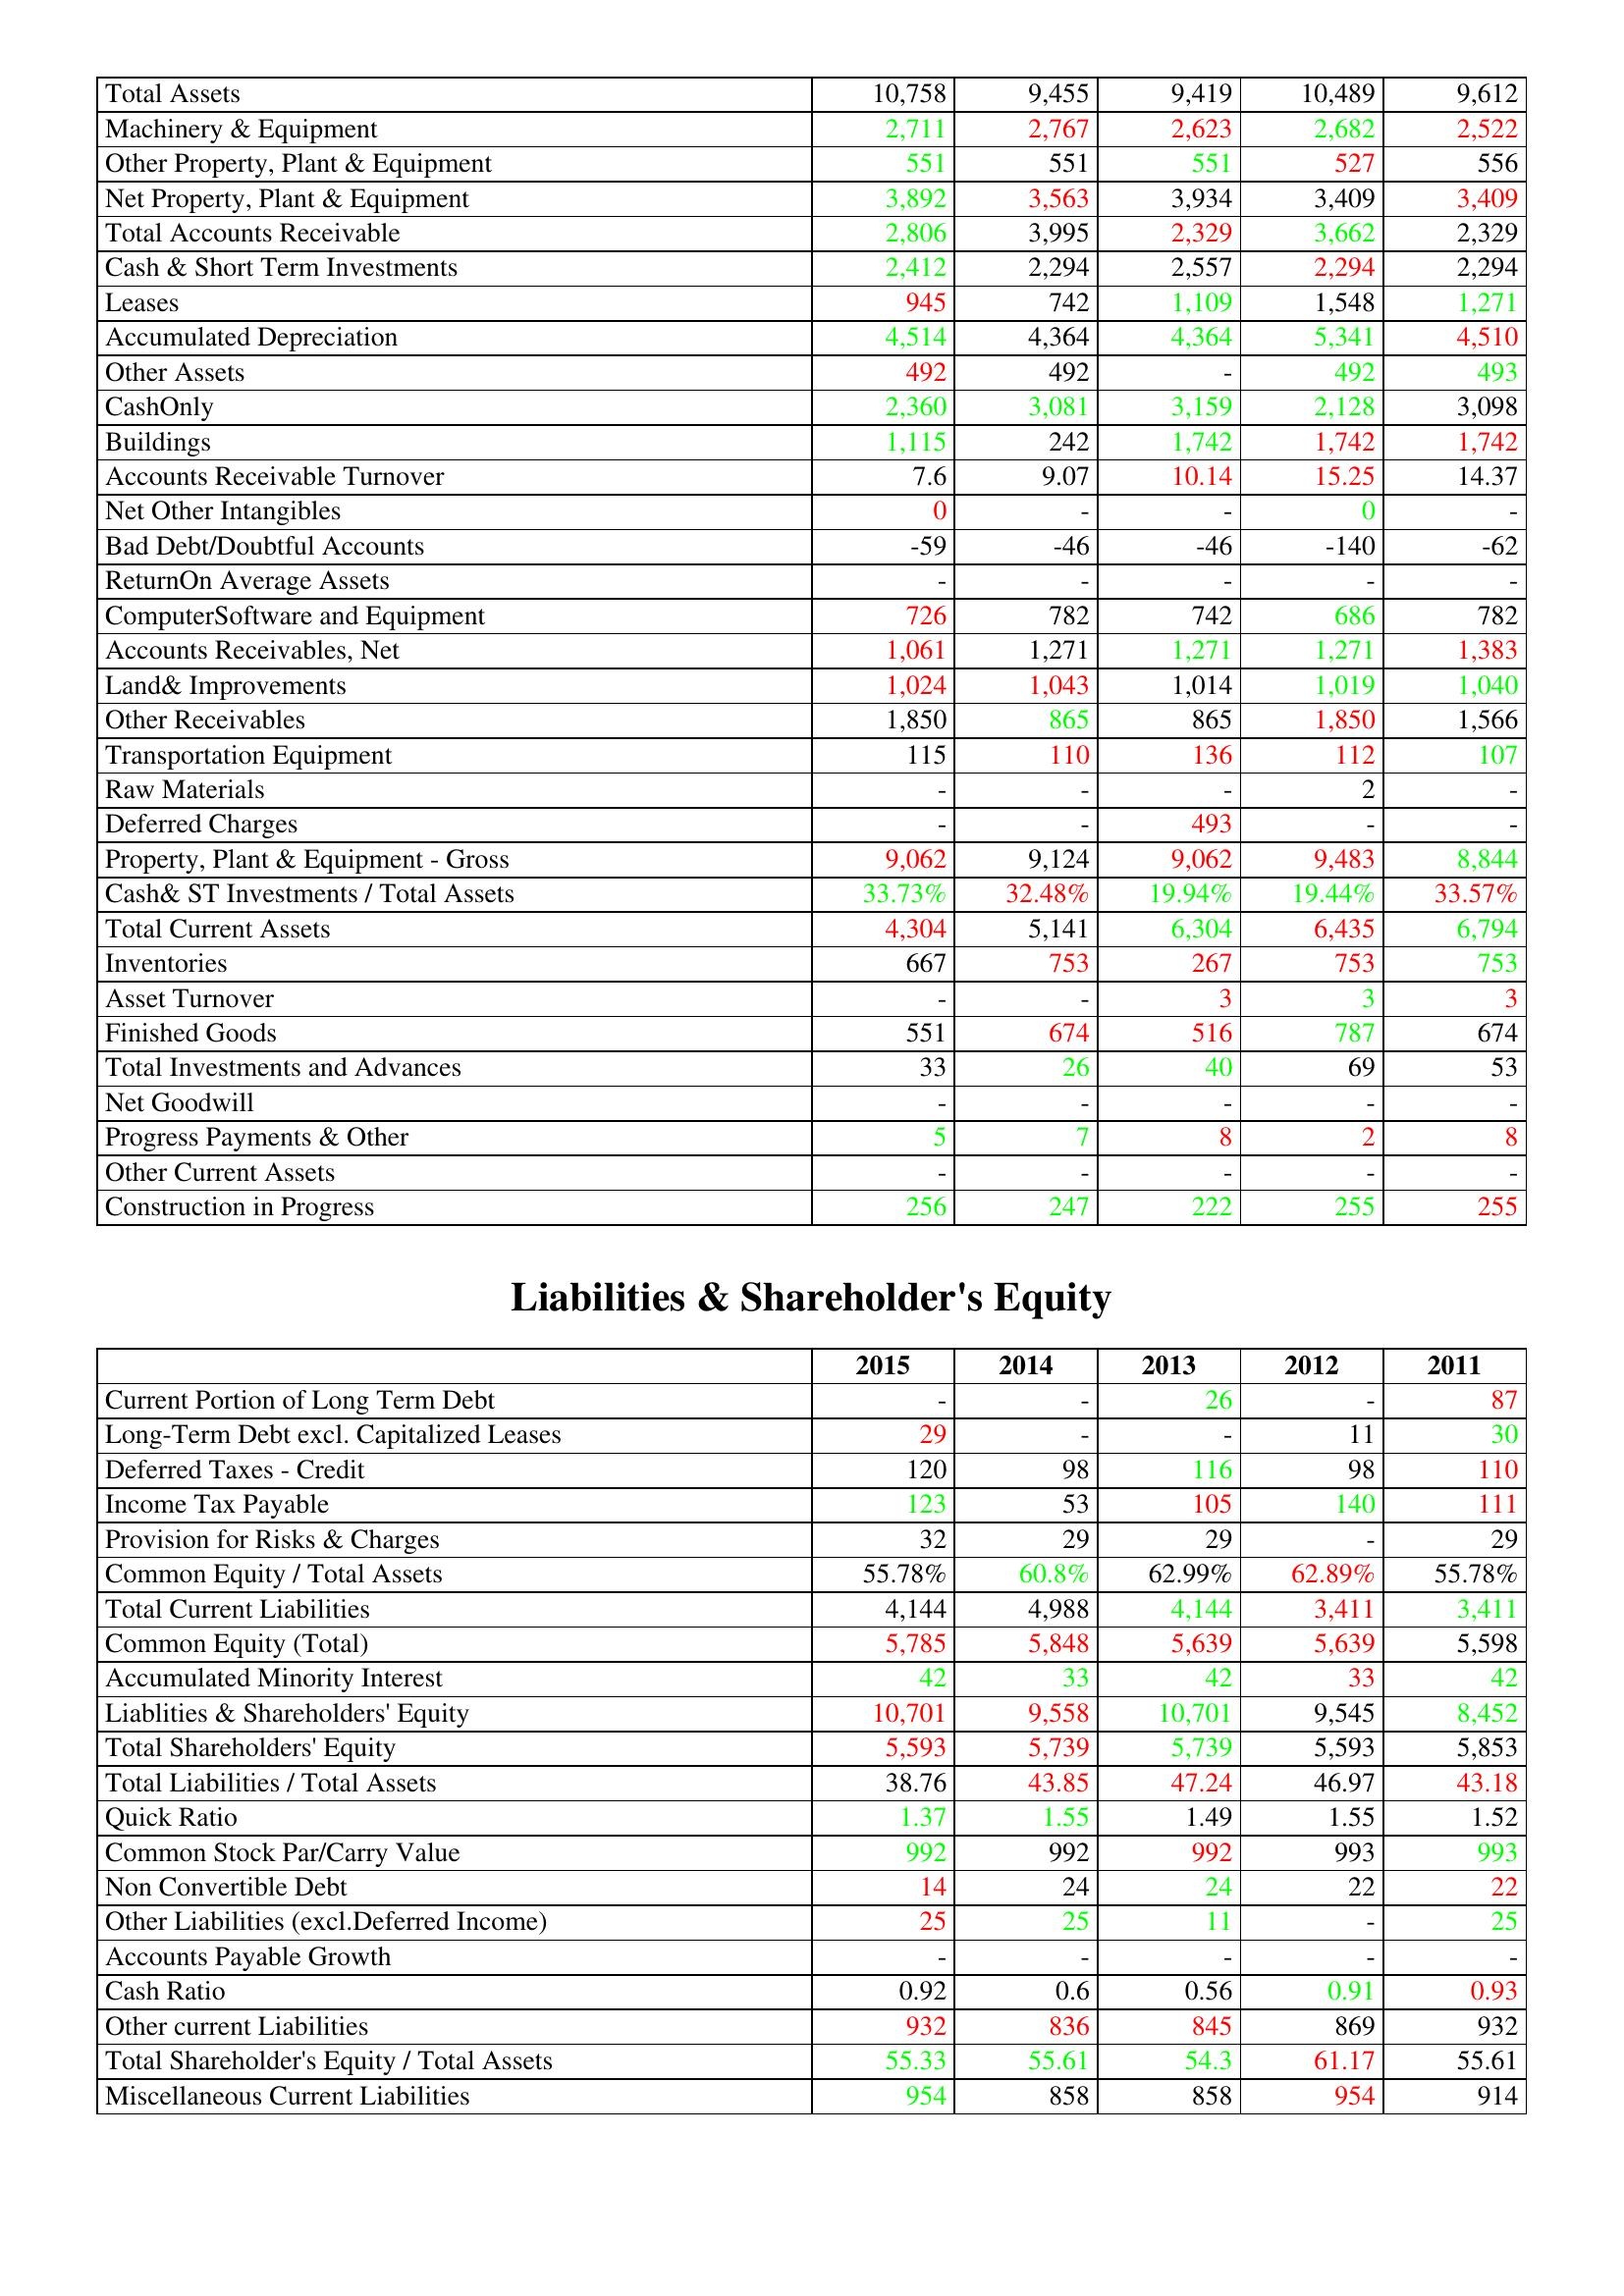
gt_parse: 2015: Assets: Total Assets: 10,758
Machinery & Equipment: 2,711
Other Property, Plant & Equipment: 551
Net Property, Plant & Equipment: 3,892
Total Accounts Receivable: 2,806
Cash & Short Term Investments: 2,412
Leases: 945
Accumulated Depreciation: 4,514
Other Assets: 492
CashOnly: 2,360
Buildings: 1,115
Accounts Receivable Turnover: 7.6
Net Other Intangibles: 0
Bad Debt/Doubtful Accounts: -59
ReturnOn Average Assets: -
ComputerSoftware and Equipment: 726
Accounts Receivables, Net: 1,061
Land& Improvements: 1,024
Other Receivables: 1,850
Transportation Equipment: 115
Raw Materials: -
Deferred Charges: -
Property, Plant & Equipment - Gross : 9,062
Cash& ST Investments / Total Assets: 33.73%
Total Current Assets: 4,304
Inventories: 667
Asset Turnover: -
Finished Goods: 551
Total Investments and Advances: 33
Net Goodwill: -
Progress Payments & Other: 5
Other Current Assets: -
Construction in Progress: 256
Liabilities & Shareholder's Equity: Current Portion of Long Term Debt: -
Long-Term Debt excl. Capitalized Leases: 29
Deferred Taxes - Credit: 120
Income Tax Payable: 123
Provision for Risks & Charges: 32
Common Equity / Total Assets: 55.78%
Total Current Liabilities: 4,144
Common Equity (Total): 5,785
Accumulated Minority Interest: 42
Liablities & Shareholders' Equity: 10,701
Total Shareholders' Equity: 5,593
Total Liabilities / Total Assets: 38.76
Quick Ratio: 1.37
Common Stock Par/Carry Value: 992
Non Convertible Debt: 14
Other Liabilities (excl.Deferred Income): 25
Accounts Payable Growth: -
Cash Ratio: 0.92
Other current Liabilities: 932
Total Shareholder's Equity / Total Assets: 55.33
Miscellaneous Current Liabilities: 954
2014: Assets: Total Assets: 9,455
Machinery & Equipment: 2,767
Other Property, Plant & Equipment: 551
Net Property, Plant & Equipment: 3,563
Total Accounts Receivable: 3,995
Cash & Short Term Investments: 2,294
Leases: 742
Accumulated Depreciation: 4,364
Other Assets: 492
CashOnly: 3,081
Buildings: 242
Accounts Receivable Turnover: 9.07
Net Other Intangibles: -
Bad Debt/Doubtful Accounts: -46
ReturnOn Average Assets: -
ComputerSoftware and Equipment: 782
Accounts Receivables, Net: 1,271
Land& Improvements: 1,043
Other Receivables: 865
Transportation Equipment: 110
Raw Materials: -
Deferred Charges: -
Property, Plant & Equipment - Gross : 9,124
Cash& ST Investments / Total Assets: 32.48%
Total Current Assets: 5,141
Inventories: 753
Asset Turnover: -
Finished Goods: 674
Total Investments and Advances: 26
Net Goodwill: -
Progress Payments & Other: 7
Other Current Assets: -
Construction in Progress: 247
Liabilities & Shareholder's Equity: Current Portion of Long Term Debt: -
Long-Term Debt excl. Capitalized Leases: -
Deferred Taxes - Credit: 98
Income Tax Payable: 53
Provision for Risks & Charges: 29
Common Equity / Total Assets: 60.8%
Total Current Liabilities: 4,988
Common Equity (Total): 5,848
Accumulated Minority Interest: 33
Liablities & Shareholders' Equity: 9,558
Total Shareholders' Equity: 5,739
Total Liabilities / Total Assets: 43.85
Quick Ratio: 1.55
Common Stock Par/Carry Value: 992
Non Convertible Debt: 24
Other Liabilities (excl.Deferred Income): 25
Accounts Payable Growth: -
Cash Ratio: 0.6
Other current Liabilities: 836
Total Shareholder's Equity / Total Assets: 55.61
Miscellaneous Current Liabilities: 858
2013: Assets: Total Assets: 9,419
Machinery & Equipment: 2,623
Other Property, Plant & Equipment: 551
Net Property, Plant & Equipment: 3,934
Total Accounts Receivable: 2,329
Cash & Short Term Investments: 2,557
Leases: 1,109
Accumulated Depreciation: 4,364
Other Assets: -
CashOnly: 3,159
Buildings: 1,742
Accounts Receivable Turnover: 10.14
Net Other Intangibles: -
Bad Debt/Doubtful Accounts: -46
ReturnOn Average Assets: -
ComputerSoftware and Equipment: 742
Accounts Receivables, Net: 1,271
Land& Improvements: 1,014
Other Receivables: 865
Transportation Equipment: 136
Raw Materials: -
Deferred Charges: 493
Property, Plant & Equipment - Gross : 9,062
Cash& ST Investments / Total Assets: 19.94%
Total Current Assets: 6,304
Inventories: 267
Asset Turnover: 3
Finished Goods: 516
Total Investments and Advances: 40
Net Goodwill: -
Progress Payments & Other: 8
Other Current Assets: -
Construction in Progress: 222
Liabilities & Shareholder's Equity: Current Portion of Long Term Debt: 26
Long-Term Debt excl. Capitalized Leases: -
Deferred Taxes - Credit: 116
Income Tax Payable: 105
Provision for Risks & Charges: 29
Common Equity / Total Assets: 62.99%
Total Current Liabilities: 4,144
Common Equity (Total): 5,639
Accumulated Minority Interest: 42
Liablities & Shareholders' Equity: 10,701
Total Shareholders' Equity: 5,739
Total Liabilities / Total Assets: 47.24
Quick Ratio: 1.49
Common Stock Par/Carry Value: 992
Non Convertible Debt: 24
Other Liabilities (excl.Deferred Income): 11
Accounts Payable Growth: -
Cash Ratio: 0.56
Other current Liabilities: 845
Total Shareholder's Equity / Total Assets: 54.3
Miscellaneous Current Liabilities: 858
2012: Assets: Total Assets: 10,489
Machinery & Equipment: 2,682
Other Property, Plant & Equipment: 527
Net Property, Plant & Equipment: 3,409
Total Accounts Receivable: 3,662
Cash & Short Term Investments: 2,294
Leases: 1,548
Accumulated Depreciation: 5,341
Other Assets: 492
CashOnly: 2,128
Buildings: 1,742
Accounts Receivable Turnover: 15.25
Net Other Intangibles: 0
Bad Debt/Doubtful Accounts: -140
ReturnOn Average Assets: -
ComputerSoftware and Equipment: 686
Accounts Receivables, Net: 1,271
Land& Improvements: 1,019
Other Receivables: 1,850
Transportation Equipment: 112
Raw Materials: 2
Deferred Charges: -
Property, Plant & Equipment - Gross : 9,483
Cash& ST Investments / Total Assets: 19.44%
Total Current Assets: 6,435
Inventories: 753
Asset Turnover: 3
Finished Goods: 787
Total Investments and Advances: 69
Net Goodwill: -
Progress Payments & Other: 2
Other Current Assets: -
Construction in Progress: 255
Liabilities & Shareholder's Equity: Current Portion of Long Term Debt: -
Long-Term Debt excl. Capitalized Leases: 11
Deferred Taxes - Credit: 98
Income Tax Payable: 140
Provision for Risks & Charges: -
Common Equity / Total Assets: 62.89%
Total Current Liabilities: 3,411
Common Equity (Total): 5,639
Accumulated Minority Interest: 33
Liablities & Shareholders' Equity: 9,545
Total Shareholders' Equity: 5,593
Total Liabilities / Total Assets: 46.97
Quick Ratio: 1.55
Common Stock Par/Carry Value: 993
Non Convertible Debt: 22
Other Liabilities (excl.Deferred Income): -
Accounts Payable Growth: -
Cash Ratio: 0.91
Other current Liabilities: 869
Total Shareholder's Equity / Total Assets: 61.17
Miscellaneous Current Liabilities: 954
2011: Assets: Total Assets: 9,612
Machinery & Equipment: 2,522
Other Property, Plant & Equipment: 556
Net Property, Plant & Equipment: 3,409
Total Accounts Receivable: 2,329
Cash & Short Term Investments: 2,294
Leases: 1,271
Accumulated Depreciation: 4,510
Other Assets: 493
CashOnly: 3,098
Buildings: 1,742
Accounts Receivable Turnover: 14.37
Net Other Intangibles: -
Bad Debt/Doubtful Accounts: -62
ReturnOn Average Assets: -
ComputerSoftware and Equipment: 782
Accounts Receivables, Net: 1,383
Land& Improvements: 1,040
Other Receivables: 1,566
Transportation Equipment: 107
Raw Materials: -
Deferred Charges: -
Property, Plant & Equipment - Gross : 8,844
Cash& ST Investments / Total Assets: 33.57%
Total Current Assets: 6,794
Inventories: 753
Asset Turnover: 3
Finished Goods: 674
Total Investments and Advances: 53
Net Goodwill: -
Progress Payments & Other: 8
Other Current Assets: -
Construction in Progress: 255
Liabilities & Shareholder's Equity: Current Portion of Long Term Debt: 87
Long-Term Debt excl. Capitalized Leases: 30
Deferred Taxes - Credit: 110
Income Tax Payable: 111
Provision for Risks & Charges: 29
Common Equity / Total Assets: 55.78%
Total Current Liabilities: 3,411
Common Equity (Total): 5,598
Accumulated Minority Interest: 42
Liablities & Shareholders' Equity: 8,452
Total Shareholders' Equity: 5,853
Total Liabilities / Total Assets: 43.18
Quick Ratio: 1.52
Common Stock Par/Carry Value: 993
Non Convertible Debt: 22
Other Liabilities (excl.Deferred Income): 25
Accounts Payable Growth: -
Cash Ratio: 0.93
Other current Liabilities: 932
Total Shareholder's Equity / Total Assets: 55.61
Miscellaneous Current Liabilities: 914